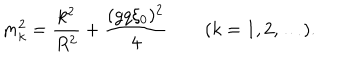
LaTeX: m _ { k } ^ { 2 } = { \frac { k ^ { 2 } } { R ^ { 2 } } } + { \frac { ( g q \xi _ { 0 } ) ^ { 2 } } { 4 } } \qquad ( k = 1 , 2 , \ldots ) .